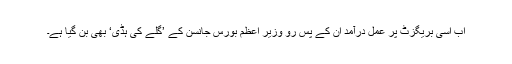
اب اسی بریگزٹ پر عمل درآمد ان کے پس رو وزیر اعظم بورس جانسن کے ’گلے کی ہڈی‘ بھی بن گیا ہے۔